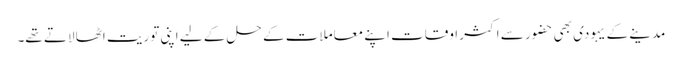
مدینے کے یہودی بھی حضور سے اکثر اوقات اپنے معاملات کے حل کے لیے اپنی توریت اٹھا لاتے تھے۔